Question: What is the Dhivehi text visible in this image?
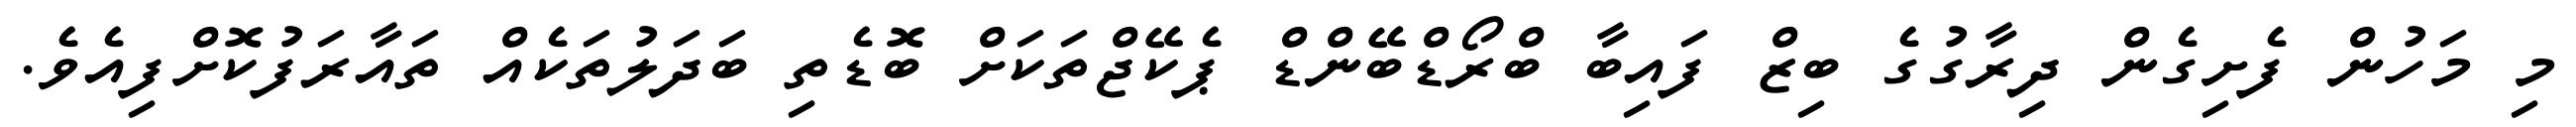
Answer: މި މަހުން ފެށިގެން ދިރާގުގެ ބިޒް ފައިބާ ބްރޯޑްބޭންޑް ޕެކޭޖްތަކަށް ބޮޑެތި ބަދަލުތަކެއް ތައާރަފުކޮށްފިއެވެ.